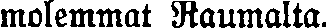
molemmat Raumalta.